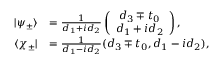
\begin{array} { r l } { | \psi _ { \pm } \rangle } & { = \frac { 1 } { d _ { 1 } + i d _ { 2 } } \left( \begin{array} { c } { d _ { 3 } \mp t _ { 0 } } \\ { d _ { 1 } + i d _ { 2 } } \end{array} \right) , } \\ { \langle \chi _ { \pm } | } & { = \frac { 1 } { d _ { 1 } - i d _ { 2 } } ( d _ { 3 } \mp t _ { 0 } , d _ { 1 } - i d _ { 2 } ) , } \end{array}